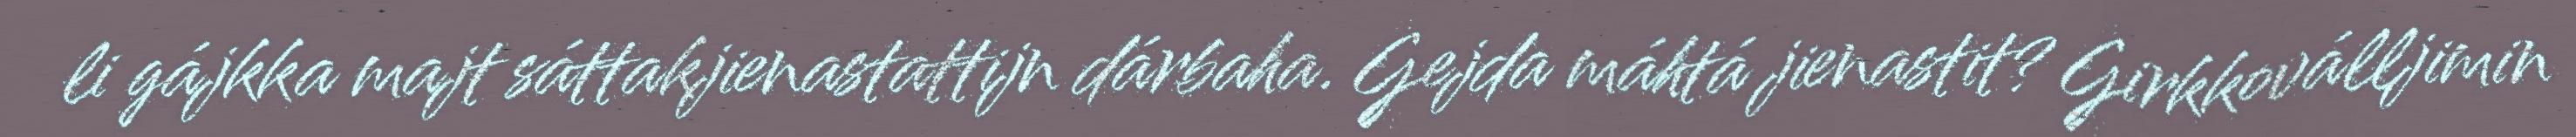
li gájkka majt sáttakjienastattijn dárbaha. Gejda máhtá jienastit? Girkkoválljimin